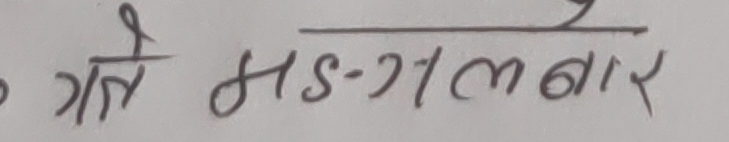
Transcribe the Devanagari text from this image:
गतै मस-गलबार